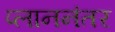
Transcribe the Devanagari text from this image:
प्लाननंतर